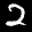
Label: 2